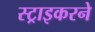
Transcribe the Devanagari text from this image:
स्ट्राइकरने